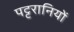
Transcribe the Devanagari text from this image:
पट्टरानियों